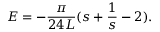
E = - \frac { \pi } { 2 4 L } ( s + \frac { 1 } { s } - 2 ) .